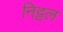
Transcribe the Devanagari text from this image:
निट्टल